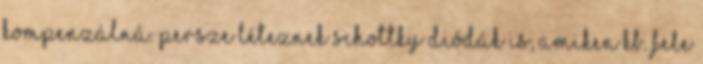
kompenzálná. Persze léteznek schottky diódák is, amiken kb. fele